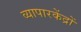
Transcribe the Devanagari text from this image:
व्यापारकेंद्रों